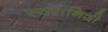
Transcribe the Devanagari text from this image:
स्वरानिशी